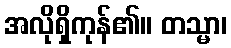
အလိုရှိကုန်၏။ တသ္မာ၊